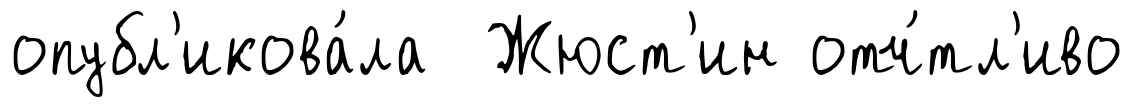
опубл'икова́ла Жюст'ин отч́тл'иво